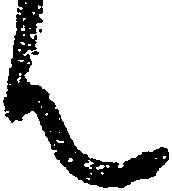
ん